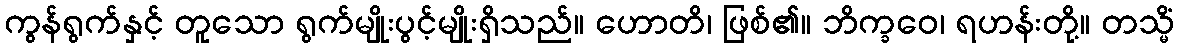
ကွန်ရွက်နှင့် တူသော ရွက်မျိုးပွင့်မျိုးရှိသည်။ ဟောတိ၊ ဖြစ်၏။ ဘိက္ခဝေ၊ ရဟန်းတို့။ တသ္မိံ